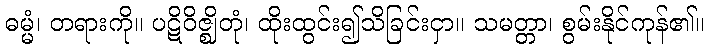
ဓမ္မံ၊ တရားကို။ ပဋိဝိဇ္ဈိတုံ၊ ထိုးထွင်း၍သိခြင်းငှာ။ သမတ္တာ၊ စွမ်းနိုင်ကုန်၏။